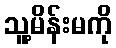
သူ့မိန်းမကို